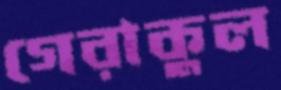
গেরাকুল